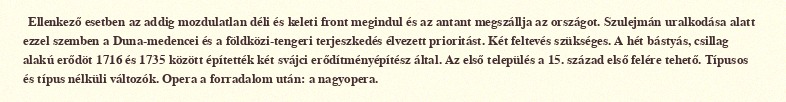
Ellenkező esetben az addig mozdulatlan déli és keleti front megindul és az antant megszállja az országot. Szulejmán uralkodása alatt ezzel szemben a Duna-medencei és a földközi-tengeri terjeszkedés élvezett prioritást. Két feltevés szükséges. A hét bástyás, csillag alakú erődöt 1716 és 1735 között építették két svájci erődítményépítész által. Az első település a 15. század első felére tehető. Típusos és típus nélküli változók. Opera a forradalom után: a nagyopera.